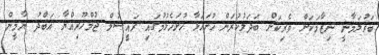
ބަރުލަމާނީ ނިޒާމަކަށް ވެރިކަން ބަދަލުކުރަން ހުށަހަޅާ ހުށަހެޅުމުގައި ރައީސުލް ޖުމްހޫރިއްޔާ އަބްދު ޔާމީން